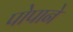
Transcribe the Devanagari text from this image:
पोपाने